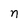
Character: n